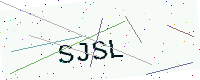
Text: SJSL